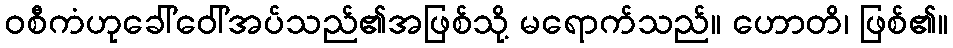
ဝစီကံဟုခေါ်ဝေါ်အပ်သည်၏အဖြစ်သို့ မရောက်သည်။ ဟောတိ၊ ဖြစ်၏။